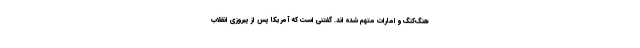
هنگ‌کنگ و امارات متهم شده اند. گفتنی است که آمریکا پس از پیروزی انقلاب